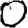
Digit: 0